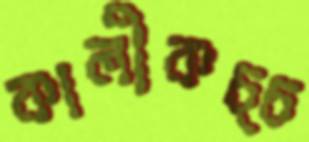
কালীকচ্চ